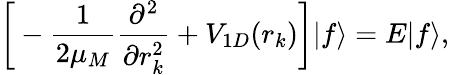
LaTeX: \bigg[-{\frac{1}{2\mu_{M}}}{\frac{\partial^{2}}{\partial r_{k}^{2}}}+V_{1D}(r_{k})\bigg]|f\rangle=E|f\rangle,